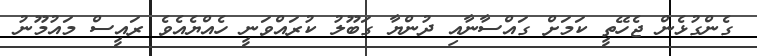
ގެންގުޅެން ޖެހޭތީ ކަމަށް ގައްސާނާއި ދުންޔާ ގަބޫލު ކުރައްވަނީ ހެއްޔެއެވެ ރައީސް މައުމޫނު